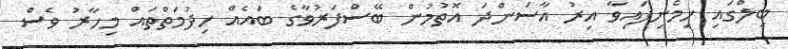
ބިލްގައި ހިމެނިފައިވާ އިރު އާސަންދަ އޮތުމުން ބޭސްފަރުވާގެ ބައެއް ހިދުމަތްތައް މިހާރު ވެސް